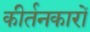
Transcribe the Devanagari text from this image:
कीर्तनकारों